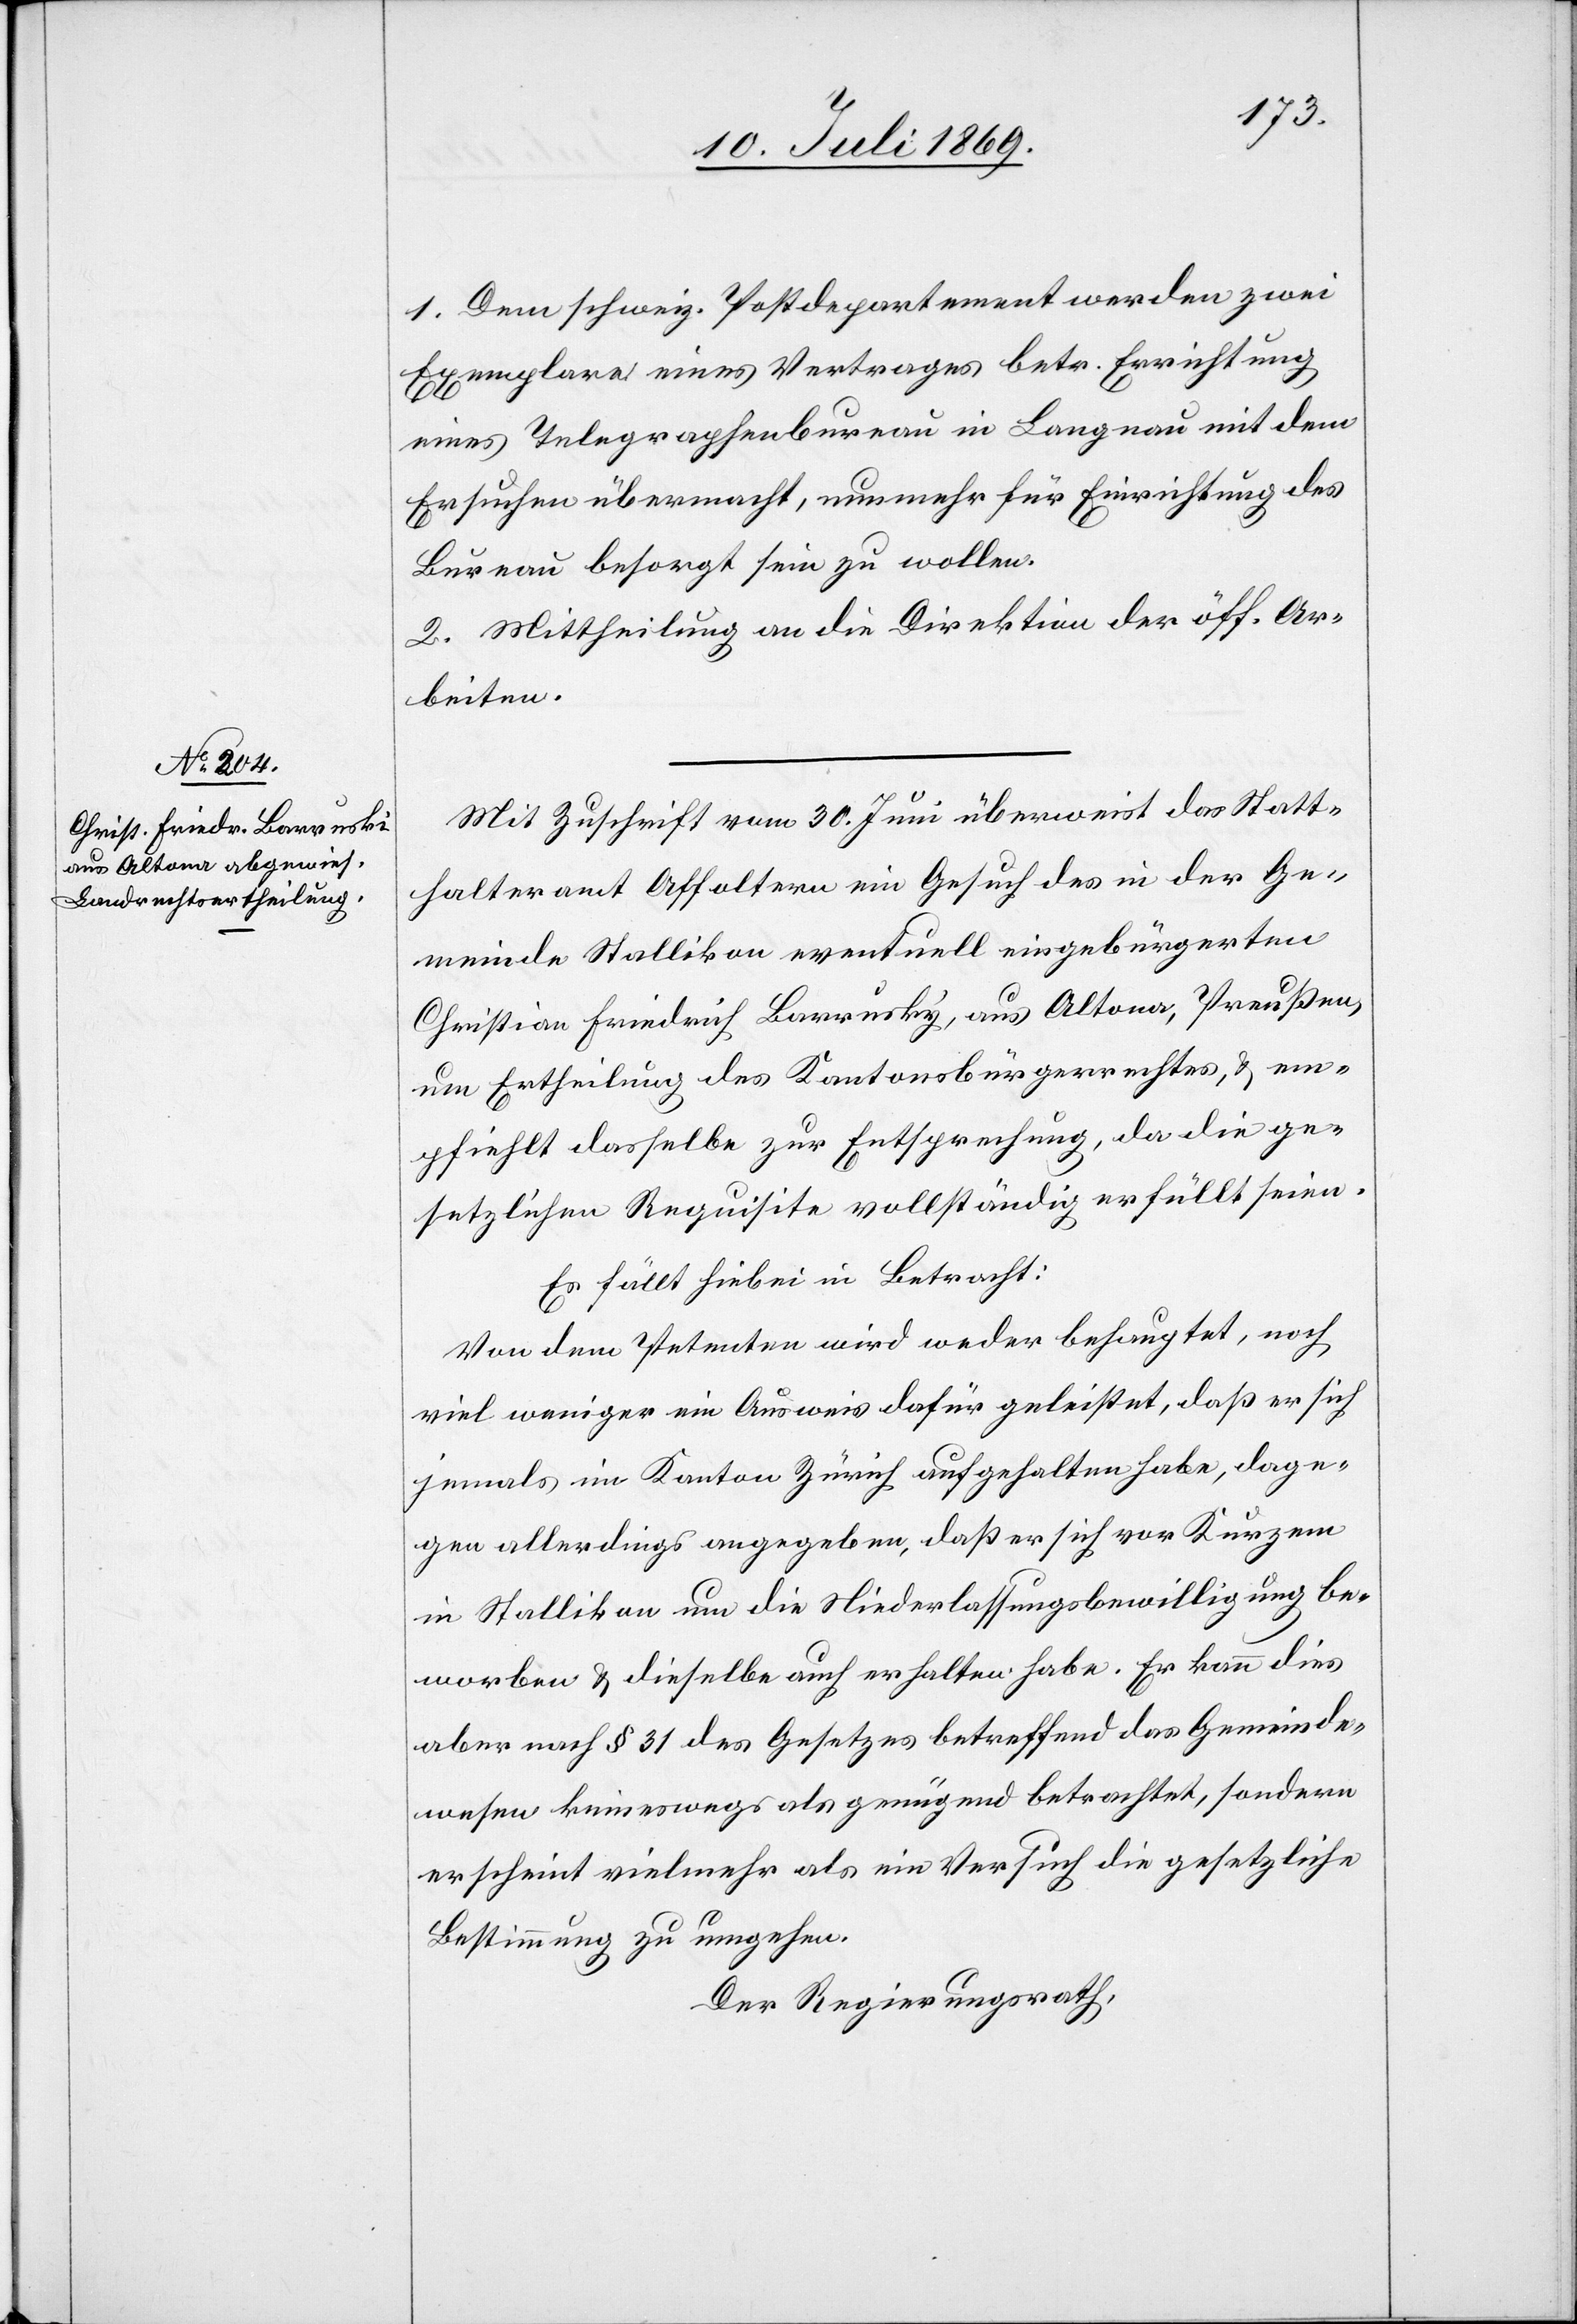
1. Dem schweiz. Postdepartement werden zwei
Exemplare eines Vertrages betr. Errichtung
eines Telegraphenbureau in Langnau mit dem
Ersuchen übermacht, nunmehr für Einrichtung des
Bureau besorgt sein zu wollen.
2. Mittheilung an die Direktion der öff. Ar¬
beiten.
Mit Zuschrift vom 30. Juni überweist das Statt¬
halteramt Affoltern ein Gesuch des in der Ge¬
meinde Stallikon eventuell eingebürgerten
Christian Friedrich Barrusky [sic!], aus Altona, Preußen,
um Ertheilung des Kantonsbürgerrechtes, u. em¬
pfiehlt dasselbe zur Entsprechung, da die ge¬
setzlichen Requisite vollständig erfüllt seien.
Es fällt hiebei in Betracht:
Von dem Petenten wird weder behauptet, noch
viel weniger ein Ausweis dafür geleistet, daß er sich
jemals im Kanton Zürich aufgehalten habe, dage¬
gen allerdings angegeben, daß er sich vor Kurzem
in Stallikon um die Niederlaßungsbewilligung be¬
worben u. dieselbe auch erhalten habe. Er [recte:
aber nach § 31 des Gesetzes betreffend das Gemeinde¬
wesen keineswegs als genügend betrachtet, sondern
erscheint vielmehr als ein Versuch die gesetzliche
Bestimmung zu umgehen.
Der Regierungsrath,